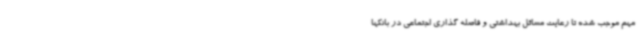
مهم موجب شده تا رعایت مسائل بهداشتی و فاصله گذاری اجتماعی در بانکها